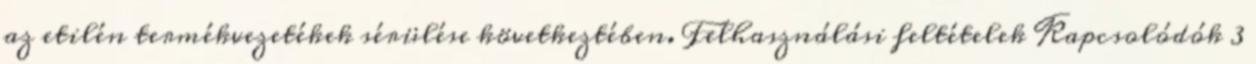
az etilén termékvezetékek sérülése következtében. Felhasználási feltételek Kapcsolódók 3